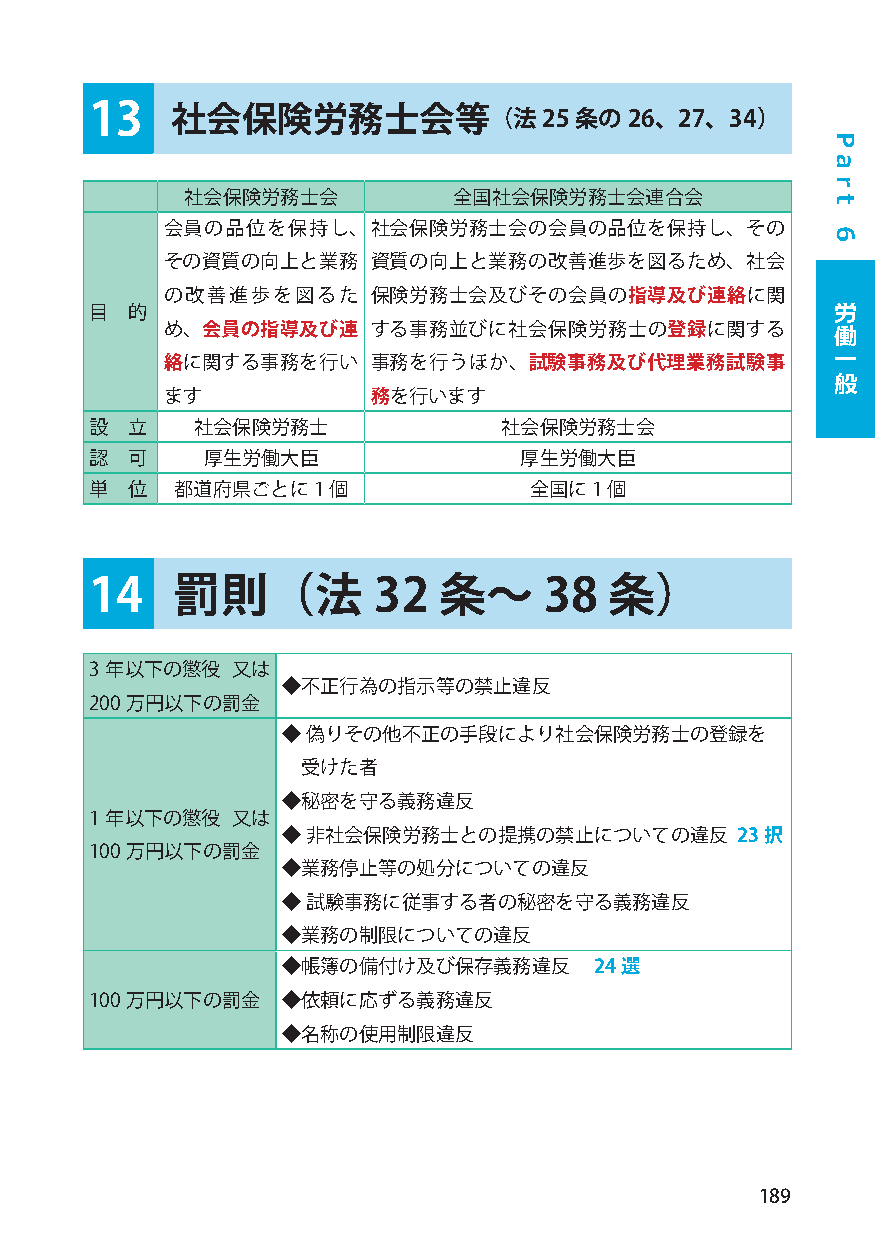
13   社会保険労務士会等（法25              条の26、27、34）
 社会保険労務士会          全国社会保険労務士会連合会
 会員の品位を保持し、社会保険労務士会の会員の品位を保持し、その
 その資質の向上と業務    資質の向上と業務の改善進歩を図るため、社会
 の改善進歩を図るた     保険労務士会及びその会員の指導及び連絡に関
 労
 目 的
 め、会員の指導及び連    する事務並びに社会保険労務士の登録に関する         働
 一
 絡に関する事務を行い    事務を行うほか、試験事務及び代理業務試験事
 般
 ます            務を行います
 設 立    社会保険労務士             社会保険労務士会
 認 可    厚生労働大臣               厚生労働大臣
 単 位   都道府県ごとに1個              全国に1 個
 14   罰則（法          32  条～     38  条）
 3 年以下の懲役 又は
 ◆不正行為の指示等の禁止違反
 200 万円以下の罰金
 ◆ 偽りその他不正の手段により社会保険労務士の登録を
 受けた者
 ◆秘密を守る義務違反
 1 年以下の懲役 又は
 ◆ 非社会保険労務士との提携の禁止についての違反      23択
 100 万円以下の罰金
 ◆業務停止等の処分についての違反
 ◆ 試験事務に従事する者の秘密を守る義務違反
 ◆業務の制限についての違反
 ◆帳簿の備付け及び保存義務違反     24選
 100 万円以下の罰金  ◆依頼に応ずる義務違反
 ◆名称の使用制限違反
 189
 P
 a
 r
 t
 6